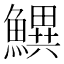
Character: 𬵫